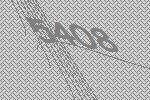
5408